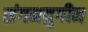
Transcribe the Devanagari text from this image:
संगमयुगीन